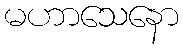
မဟာသေနော